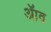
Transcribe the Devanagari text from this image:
ॲाव